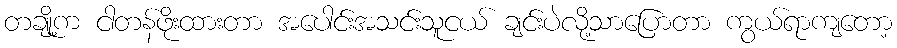
တချို့က ငါတန်ဖိုးထားတာ အပေါင်းအသင်းသူငယ် ချင်းပဲလို့သာပြောတာ ကွယ်ရာကျတော့